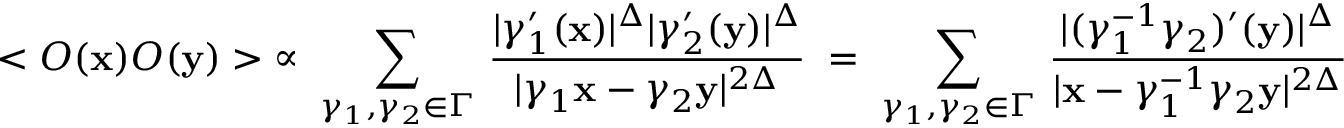
< { \cal O } ( { \bf x } ) { \cal O } ( { \bf y } ) > \; \propto \; \sum _ { \gamma _ { 1 } , \gamma _ { 2 } \in \Gamma } \, \frac { | \gamma _ { 1 } ^ { \prime } ( { \bf x } ) | ^ { \Delta } | \gamma _ { 2 } ^ { \prime } ( { \bf y } ) | ^ { \Delta } } { | \gamma _ { 1 } { \bf x } - \gamma _ { 2 } { \bf y } | ^ { 2 \Delta } } \; = \; \sum _ { \gamma _ { 1 } , \gamma _ { 2 } \in \Gamma } \, \frac { | ( \gamma _ { 1 } ^ { - 1 } \gamma _ { 2 } ) ^ { \prime } ( { \bf y } ) | ^ { \Delta } } { | { \bf x } - \gamma _ { 1 } ^ { - 1 } \gamma _ { 2 } { \bf y } | ^ { 2 \Delta } }